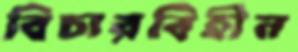
বিচারবিহীন